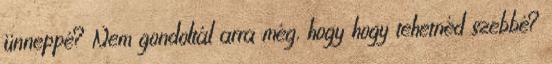
ünneppé? Nem gondoltál arra még, hogy hogy tehetnéd szebbé?